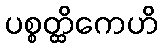
ပစ္စတ္ထိကေဟိ